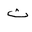
Letter: _tha